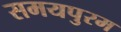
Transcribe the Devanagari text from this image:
समयपुरम